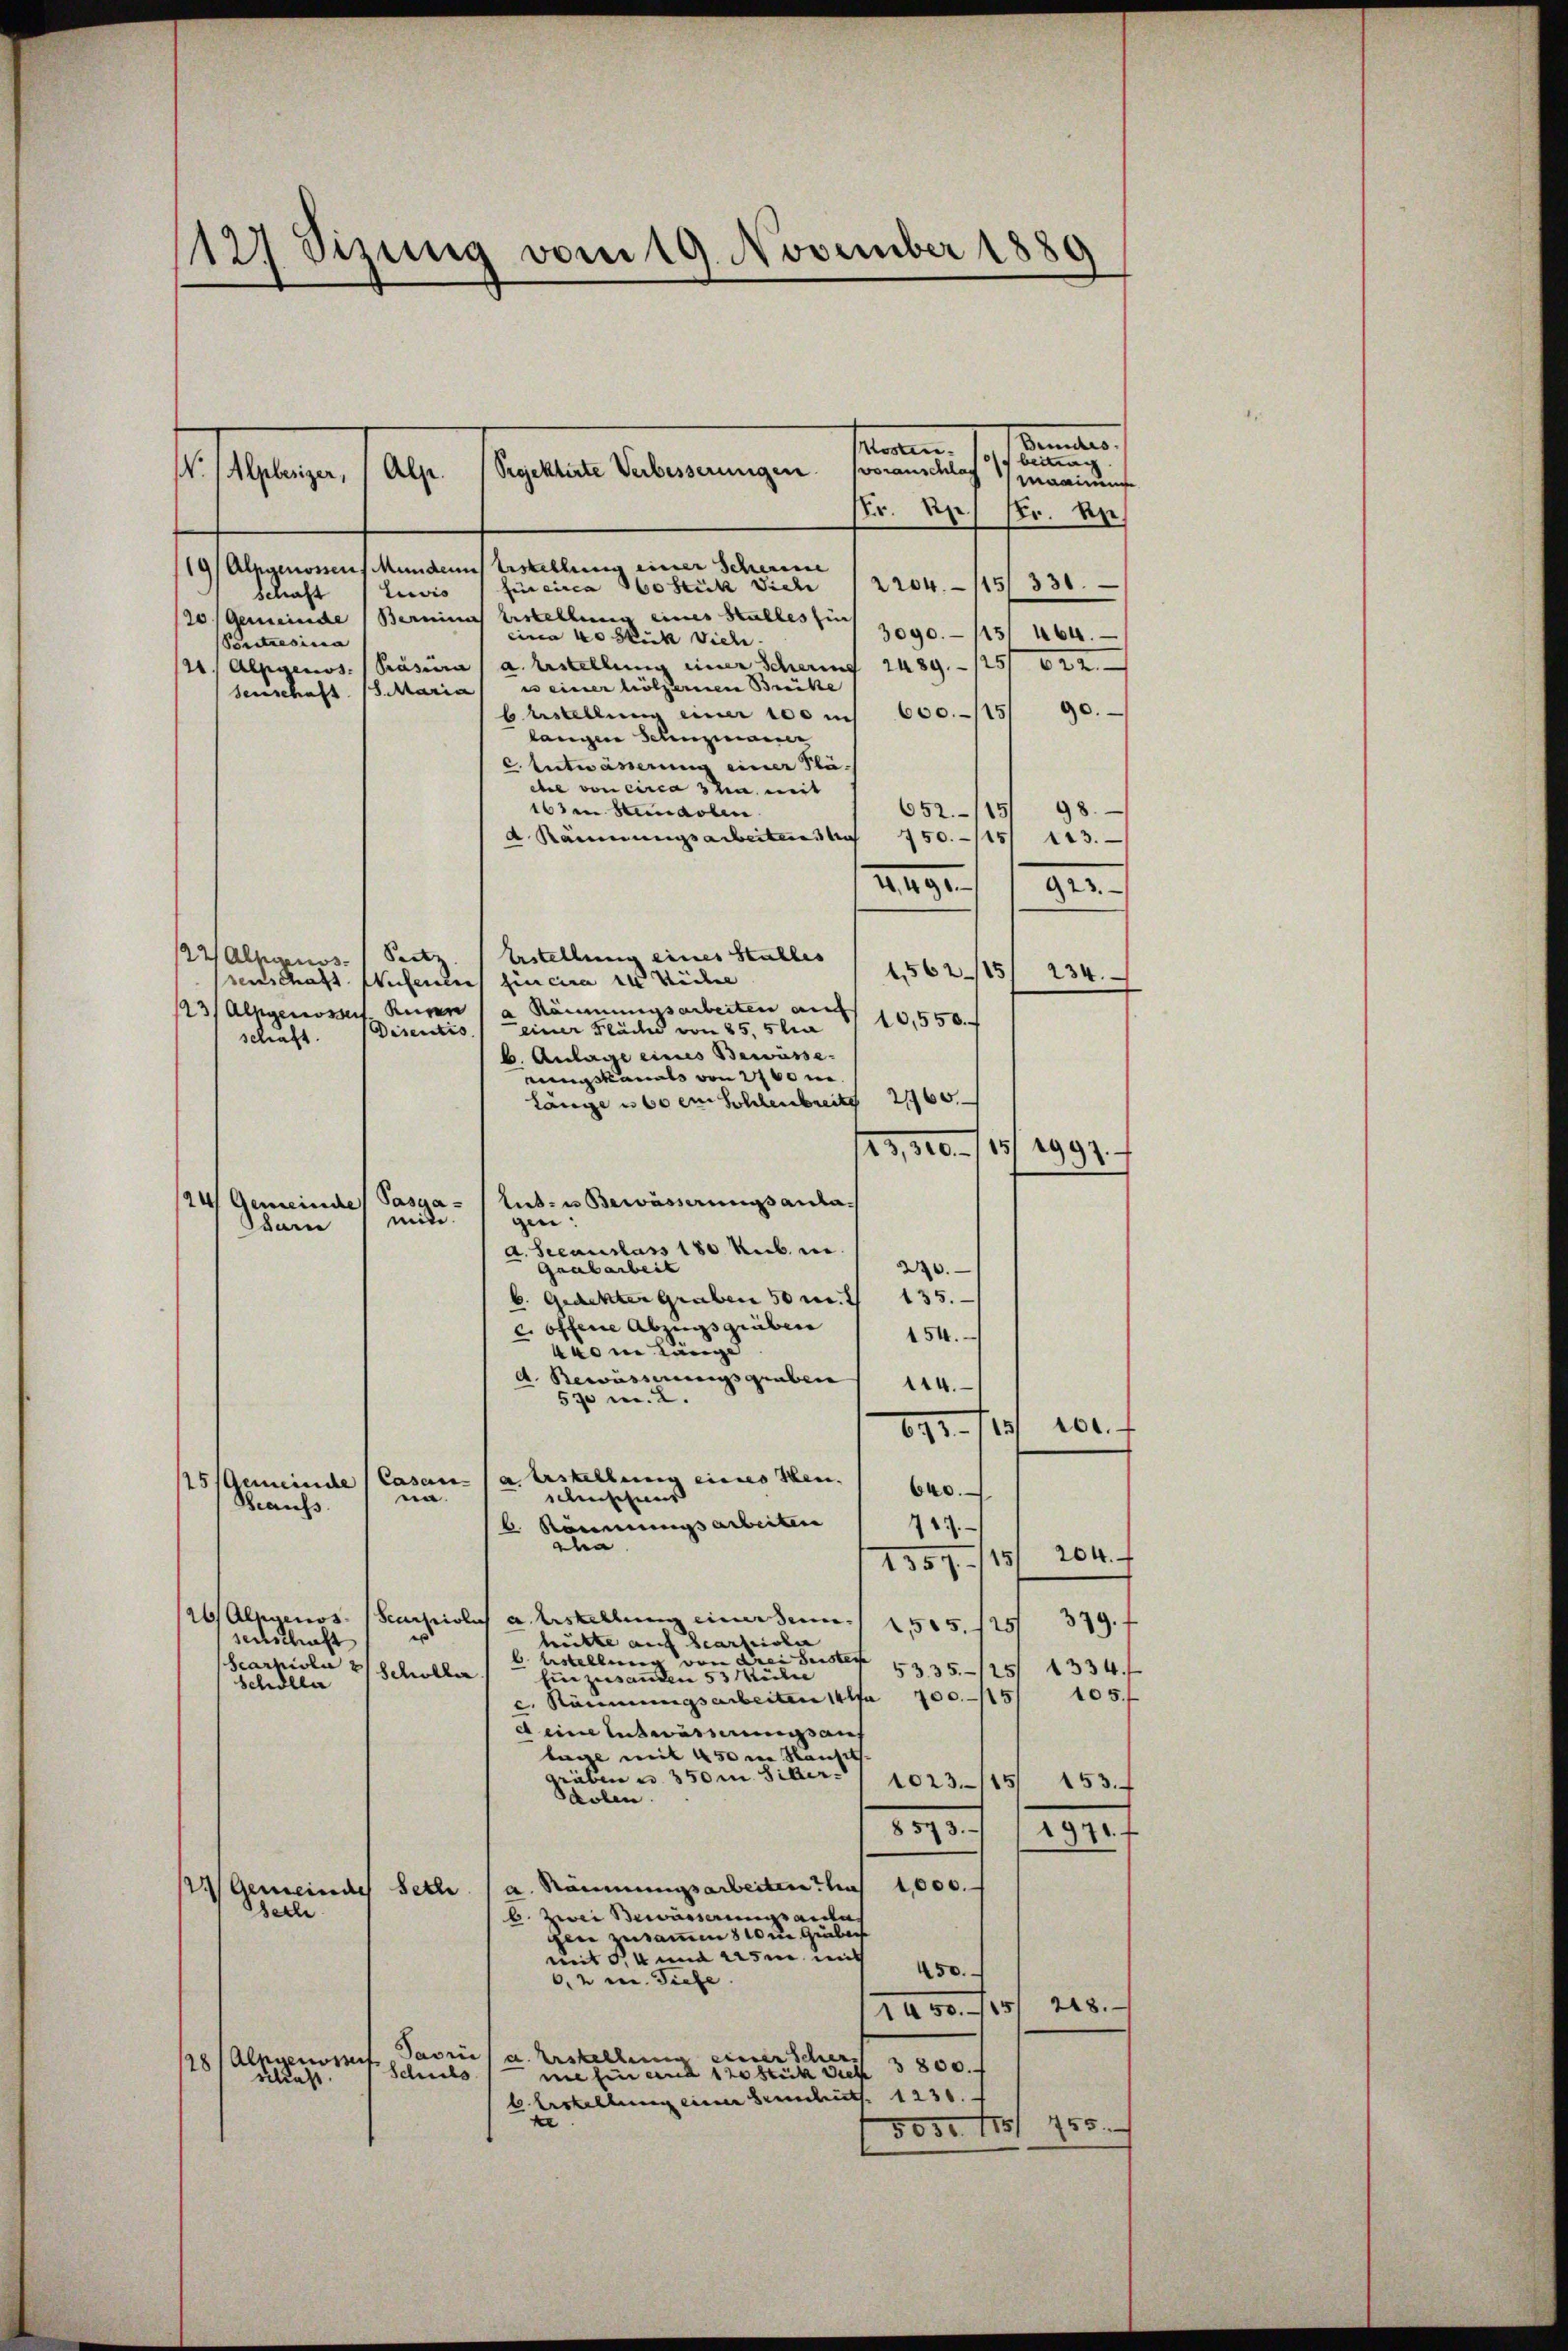
12 sizung vom 19. November 1889

Sonnte.
bettag
W. /Alpberizer,
mainen
Fr. 2.) Hr. Re
19/ Alpgenossens Munden Erstellung einer Scheune
2204. 115/331.
Levis (Eincirca 160 Stück Viele
Schaft
20/ Gemeinde Berninas Erstellung eines Stalles sin
3090. 115 464.
eine 40 Stük Vieh
Ponitresia
121, Alpgenos. Präsira / a. Erstellung einer Scheung 1489. 125/ 622
e einer hölzernen Brike
senschaft. 18. Maria
90.
600. 115.
bestellung einer 100 u
langen Schuzmanner
c. Entwässerung einer Plädes von circa 3 ten mit
98.
163 an Senaten
652/15/
 Räumungsarbeiteres li
750./15/ 123.
4,491.
923.
Erstellung eines Stalles
22 Alpgenos- Peetz
1562/15
234.
senschaft Hufenen fincira in Küche
123/ Alpgenosses Kuren / a Räumungsarbeiten au
10,550.
einer Fläche von 25. 5 la
Disentio
schaft.
b. Anlage eines Bewässe.
rungskanals von 2700 m
Länge u b er Sohlenbreite 2160
29,000.- 115/1994.
lut- u Bewässerungsanta.
124) Gemeinde Passa-
mit.
gen:
darn
a. Seeauslass 180 Nib. in.
270.
Grabarbeit
k. Gedekter Graben 50 r. 135.
c. offene Abzugsgräben
154.
con länge
A. Bewässerungsgraben ( 114.
570 n 2.
101.
841. 18
Erstellung eines Sen
15 Gemeinde (Casan-
640.
Anschens
na.
Beaufs
6 Stimmungsarbeiten
747.
a
204.
238. 7. 1881
26/ Alpgenos- Scarpiolus a. Erstellung einer dem-
379. f
1505. 125
senschaft
hütte auf Scarteile
b. stellung von drei Suster 1335—125/ 1334.
hearticle 2 Schöller
hinzusenden 53 Mülle
Schölle
105f
c. Räumungsarbeiten 11f. 700. 115
d eine Entwässerungs auf
lage mit 450 m Hauset
gräben u. 350 m Sitter
1023-1151 153.
Scolen.
8573. /1971 f
a. Räumungsarbeiten uns 1000.
2 Gemeindes Bethe
eche
b. Zwei Bewässerungsanlas
gen zusammen 8 10m Guber
mit 54 und sie mit
450.
6, 2 u. Tiefe
218.
1450. 15
Savri
a. Erstellung einer scher z 800. f
28/ Alpgenoment
Schuls
me hin und 120 Stück diese
schaft.
6. Erstellung einer Scheint. 1230.
e
5030. 178/ 455.

Kosten.
voranschlag
Projektirte Verbesserungen.
Alpe